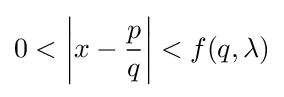
0<\left|x-{\frac {p}{q}}\right|<f(q,\lambda )